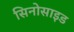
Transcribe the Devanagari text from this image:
सिनोसाइड